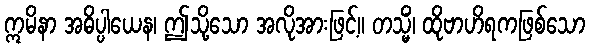
ဣမိနာ အဓိပ္ပါယေန၊ ဤသို့သော အလိုအားဖြင့်။ တသ္မိံ၊ ထိုဗာဟိရကဖြစ်သော